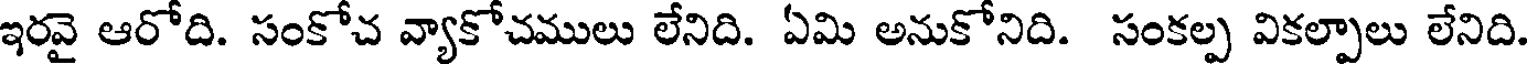
ఇరవై ఆరోది. సంకోచ వ్యాకోచములు లేనిది. ఏమి అనుకోనిది. సంకల్ప వికల్పాలు లేనిది.